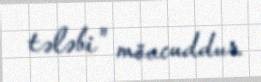
tələbi" mövcuddur.